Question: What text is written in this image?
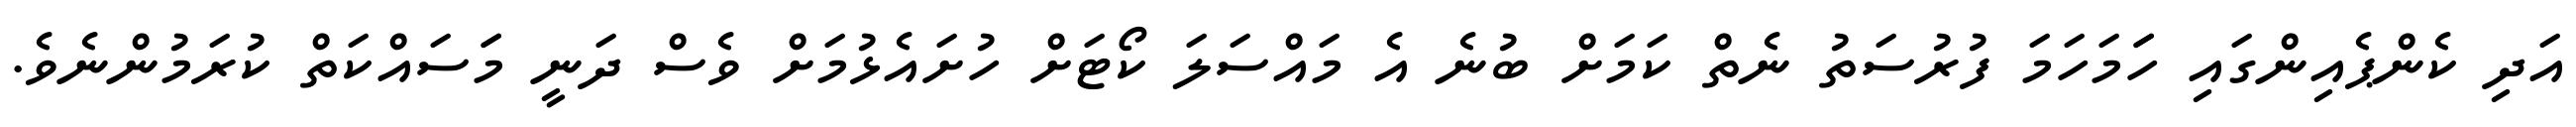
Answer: އަދި ކެންޕެއިންގައި ހަަމަހަމަ ފުރުސަތު ނެތް ކަމަށް ބުނެ އެ މައްސަލަ ކޯޓަށް ހުށައެޅުމަށް ވެސް ދަނީ މަަސައްކަތް ކުރަމުންނެވެ.